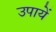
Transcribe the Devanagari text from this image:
उपायें